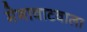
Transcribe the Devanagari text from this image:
मेगावाटवाला